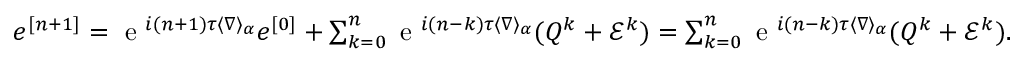
\begin{array} { r } { e ^ { [ n + 1 ] } = \textrm { e } ^ { i ( n + 1 ) \tau \langle \nabla \rangle _ { \alpha } } e ^ { [ 0 ] } + \sum _ { k = 0 } ^ { n } \textrm { e } ^ { i ( n - k ) \tau \langle \nabla \rangle _ { \alpha } } ( Q ^ { k } + \mathcal { E } ^ { k } ) = \sum _ { k = 0 } ^ { n } \textrm { e } ^ { i ( n - k ) \tau \langle \nabla \rangle _ { \alpha } } ( Q ^ { k } + \mathcal { E } ^ { k } ) . } \end{array}